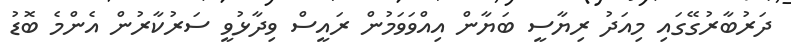
ދަރުބާރުގޭގައި މިއަދު ރިޔާސީ ބަޔާން އިއްވަވަމުން ރައީސް ވިދާޅުވީ ސަރުކާރުން އެންމެ ބޮޑު